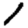
Digit: 1